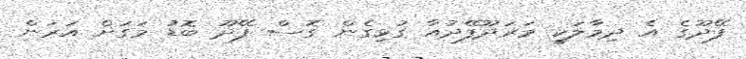
ފޭދޫގެ އެ ދިމާލަކީ މަރަދޫފޭދުއާ ގުޅިގެން ގޮސް ފޭދޫ ބޮޑު މަގަށް އަރަން